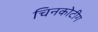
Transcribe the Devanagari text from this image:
चिनकोटीग